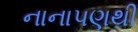
નાનાપણથી